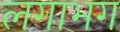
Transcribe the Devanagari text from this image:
लगाभग